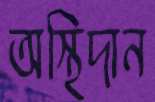
অস্থিদান